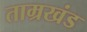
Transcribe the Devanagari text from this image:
ताम्रखंड